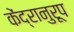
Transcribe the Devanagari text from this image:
केंद्रानुरूप